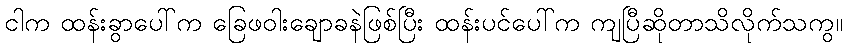
ငါက ထန်းခွာပေါ်က ခြေဖဝါးချောခနဲဖြစ်ပြီး ထန်းပင်ပေါ်က ကျပြီဆိုတာသိလိုက်သကွ။